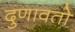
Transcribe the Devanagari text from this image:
दुणावतो